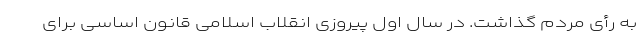
به رأی مردم گذاشت. در سال اول پیروزی انقلاب اسلامی قانون اساسی برای